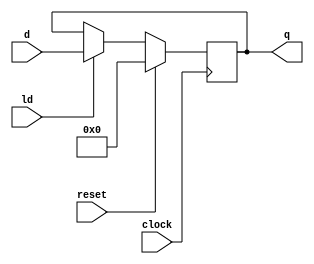
/***************************************************************************************************
*
* Description: Behavioral n-bit simple register
*
***************************************************************************************************/

module cjb_nbit_reg_v (d, ld, reset, clock, q);

parameter           n = 4;

input       [n-1:0] d;
input               ld, reset, clock;
output reg  [n-1:0] q;

// register description
always @(posedge clock)
  if (reset == 1'b1) q = 0;
  else if (ld == 1'b1) q = d;
  else q = q;

endmodule